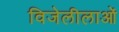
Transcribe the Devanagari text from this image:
विजेलीलाओं